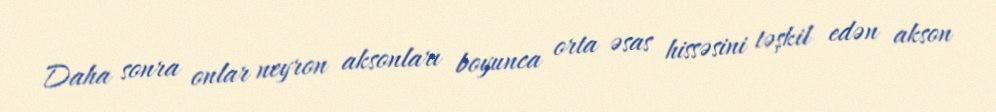
Daha sonra onlar neyron aksonları boyunca orta əsas hissəsini təşkil edən akson